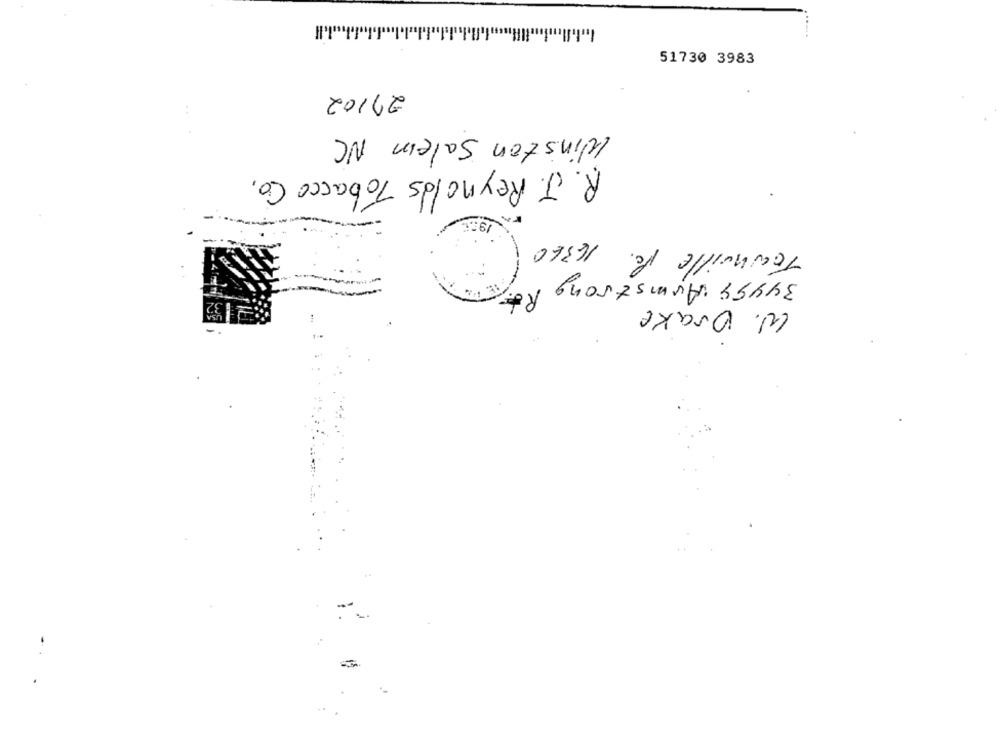
51730 3983
27102
Winston Salem NC
R. J. Reynolds Tobacco Co.
Tenhoille Pc. 16360
34499 Armstrong
132
W. Drake